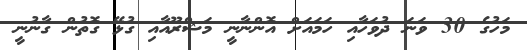
މަހުގެ 30 ވަނަ ދުވަހާއި ހަމައަށް އޮންނާނީ މަޝްރޫއާއި ގުޅޭ ގޮތުން ގާނުނީ